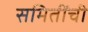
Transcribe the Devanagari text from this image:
समितींची